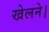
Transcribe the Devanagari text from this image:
खेलने।